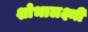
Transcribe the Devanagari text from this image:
शोभालक्ष्मी